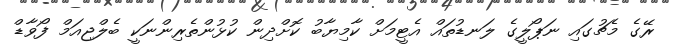
ރޭގެ މެޗުގައި ނަޕޯލީގެ ލަނޑުތައް އެޓީމަށް ކާމިޔާބު ކޮށްދިން ކުޅުންތެރިންނަކީ ބެލްޖިއަމް ފޯވާޑް